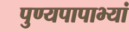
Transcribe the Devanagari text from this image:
पुण्यपापाभ्यां